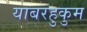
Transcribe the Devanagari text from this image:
याबरहुकुम